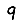
Digit: 9